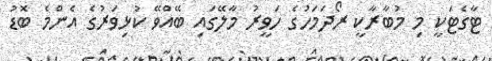
ޓާގެޓަކީ މި މުބާރާކީ ރޯދަމަހުގެ ހަވީރު މާލޭގައި ބޭއްވޭ ކުޅިވަރުގެ އެންމެ ބޮޑު